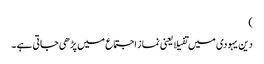
)
دین یہودی میں تفیلا یعنی نماز اجتماع میں پڑھی جاتی ہے ۔